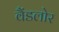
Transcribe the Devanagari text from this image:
वैंडलोर